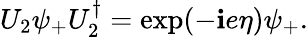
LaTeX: U_{2}\psi_{+}U_{2}^{\dagger}=\exp(-\mathbf{i}e\eta)\psi_{+}.